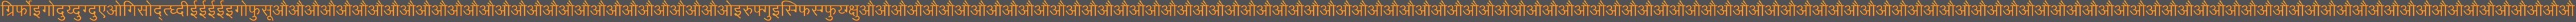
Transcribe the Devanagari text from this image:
ग्रिर्फोइगोदुय्दुग्दुएओगिसोद्त्घ्दीईईईईइगोफुसूऔऔऔऔऔऔऔऔऔऔऔऔऔऔऔऔऔऔऔऔऔऔऔऔऔऔऔऔओइरुफ्गुइस्ग्फिस्ग्फुय्ग्क्षुऔऔऔऔऔऔऔऔऔऔऔऔऔऔऔऔऔऔऔऔऔऔऔऔऔऔऔऔऔऔऔऔऔऔऔऔऔऔऔऔऔऔऔऔऔऔऔऔऔऔऔऔऔऔऔऔऔऔऔऔऔऔऔऔऔऔऔऔऔऔऔऔऔऔऔऔऔऔऔऔऔऔऔऔऔऔऔऔऔऔऔऔऔऔऔऔऔऔऔऔऔऔऔऔऔऔऔऔ